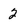
Character: 2